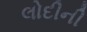
લોદીની